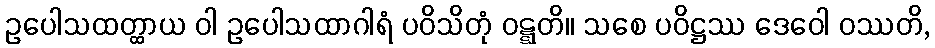
ဥပေါသထတ္ထာယ ဝါ ဥပေါသထာဂါရံ ပဝိသိတုံ ဝဋ္ဋတိ။ သစေ ပဝိဋ္ဌဿ ဒေဝေါ ဝဿတိ,